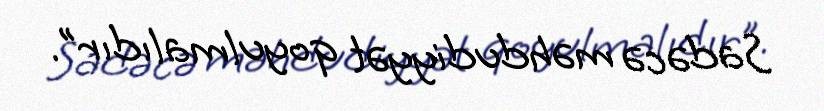
Sadəcə məhdudiyyət qoyulmalıdır”.